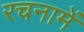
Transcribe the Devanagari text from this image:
रचनामें